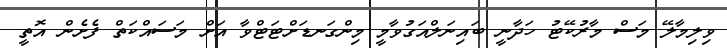
ވިލިމާލޭ މަސް މާރުކޭޓު ހަދާނީ ބައިނަލްއަގުވާމީ މިންގަނޑަށްޓަޓްވާ އަށް މަސައްކަތް ފެށެން އޮތީ